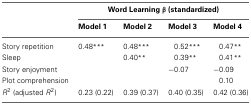
|  | <COLSPAN=4> Word Learning β (standardized) |
 |  | Model 1 | Model 2 | Model 3 | Model 4 |
 | --- | --- | --- | --- | --- |
 | Story repetition | 0.48*** | 0.48*** | 0.52*** | 0.47** |
 | Sleep |  | 0.40** | 0.39** | 0.41** |
 | Story enjoyment |  |  | −0.07 | −0.09 |
 | Plot comprehension |  |  |  | 0.10 |
 | R2 (adjusted R2) | 0.23 (0.22) | 0.39 (0.37) | 0.40 (0.35) | 0.42 (0.36) |